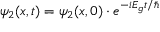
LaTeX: \psi _ { 2 } ( x , t ) = \psi _ { 2 } ( x , 0 ) \cdot e ^ { - i E _ { g } t / \hbar }